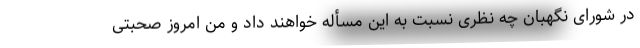
در شورای نگهبان چه نظری نسبت به این مسأله خواهند داد و من امروز صحبتی